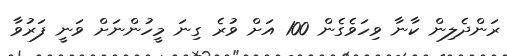
ރަންދެލިން ކާނާ ވިހަވެގެން 100 އަށް ވުރެ ގިނަ މީހުންނަށް ވަނީ ފަރުވާ